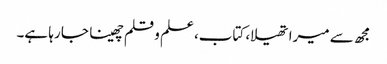
مجھ سے میرا تھیلا، کتاب، علم و قلم چھینا جا رہا ہے۔